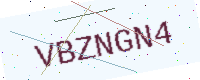
Text: VBZNGN4